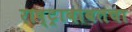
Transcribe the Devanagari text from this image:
राष्ट्राबाबतचा